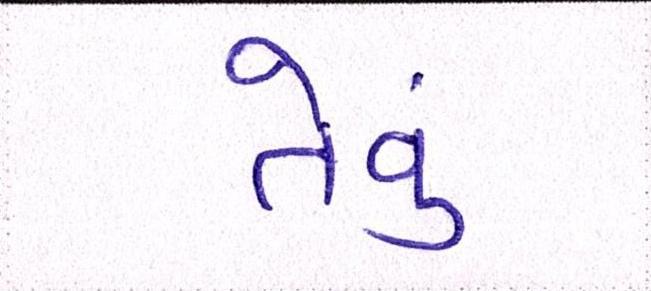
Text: તેવું